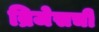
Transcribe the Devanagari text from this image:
ब्रिजेसची